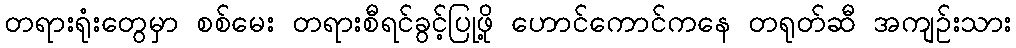
တရားရုံးတွေမှာ စစ်မေး တရားစီရင်ခွင့်ပြုဖို့ ဟောင်ကောင်ကနေ တရုတ်ဆီ အကျဉ်းသား